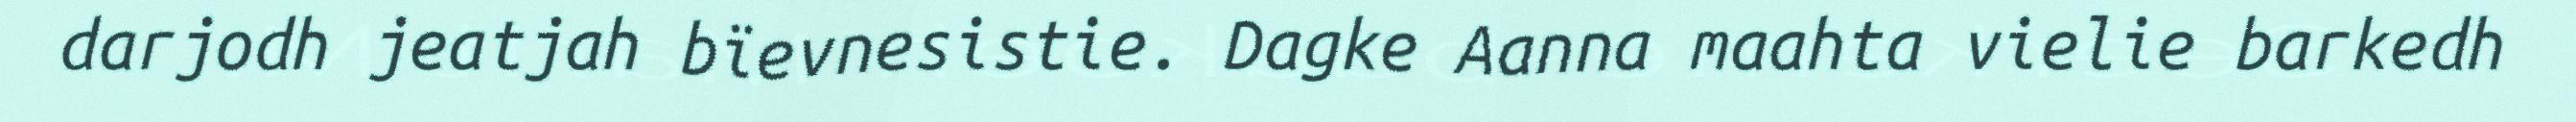
darjodh jeatjah bïevnesistie. Dagke Aanna maahta vielie barkedh